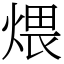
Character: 煨